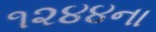
૧૨૪૪ના